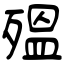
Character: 殟